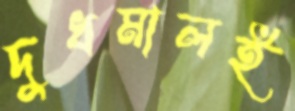
দুধমালই